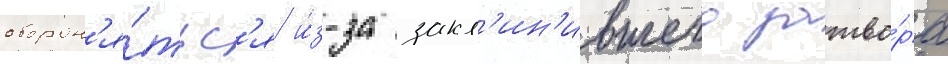
оборон'я́тьс'я и́з-за закл'ин'ившего затво́ра